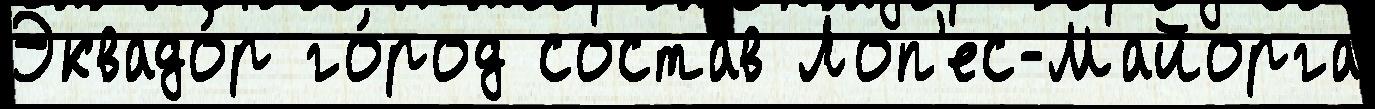
Эквадо́р го́род соста́в Лоп'ес-Майорга